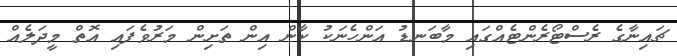
ޗައިނާގެ ރެސްޓޯރެންޓެއްގައި މާބަނޑު އަންހެނަކު ކާން އިން ތަށިން މަރުވެފައި އޮތް މީދަލެއް